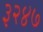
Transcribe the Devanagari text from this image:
३२४७